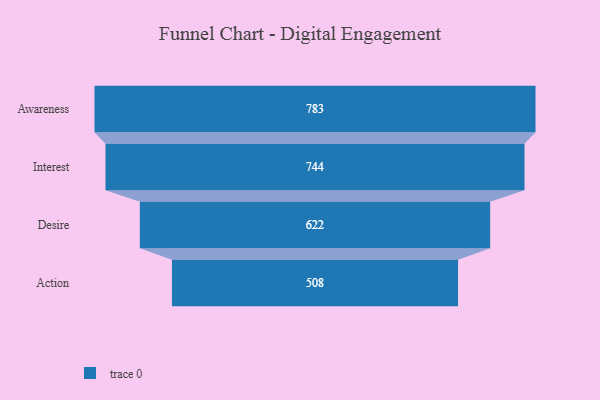
{"axis": {"x": "Stage", "y": "Value"}, "legend": [""], "data": [{"x": "Awareness", "y": 783.0, "type": ""}, {"x": "Interest", "y": 744.0, "type": ""}, {"x": "Desire", "y": 622.0, "type": ""}, {"x": "Action", "y": 508.0, "type": ""}]}